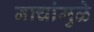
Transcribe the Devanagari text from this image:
नाचांमुळे